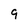
Character: 9